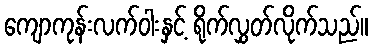
ကျောကုန်းလက်ဝါးနှင့် ရိုက်လွှတ်လိုက်သည်။